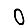
Digit: 0